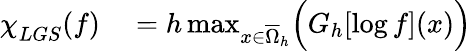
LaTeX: \begin{array}{rl}{{\chi\smash[t]{\mathstrut}}_{LGS}(f)}&{{}=h\operatorname*{max}_{x\in\overline{{\Omega}}_{h}}\Bigl(G_{h}[\log f](x)\Bigr)}\end{array}